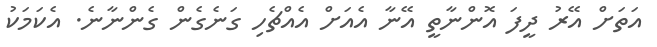
އަތަށް އޭރު ދީފަ އޮންނާތީ އޭނާ އެއަށް އެއްޗެހި ގަނެގެން ގެންނާނެ. އެކަމަކު